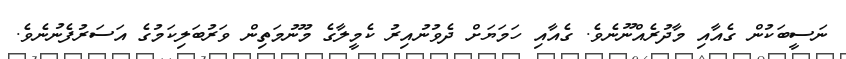
ނަސީބަކުން ގެއާއި މާދުރެއްނޫނެވެ. ގެއާއި ހަމަޔަށް ދެވުނުއިރު ކެމީލާގެ މޫނުމަތިން ވަރުބަލިކަމުގެ އަސަރުފެނުނެވެ.